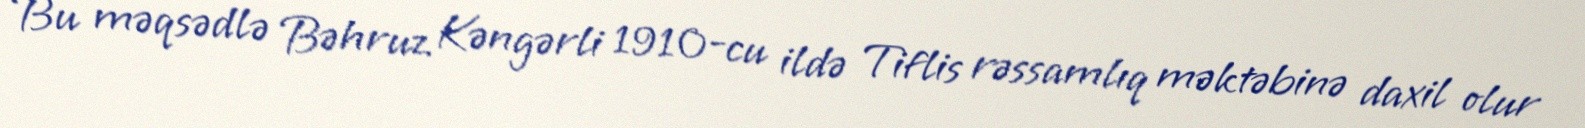
Bu məqsədlə Bəhruz Kəngərli 1910-cu ildə Tiflis rəssamlıq məktəbinə daxil olur